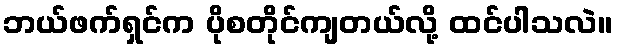
ဘယ်ဖက်ရှင်က ပိုစတိုင်ကျတယ်လို့ ထင်ပါသလဲ။